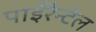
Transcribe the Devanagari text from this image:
पाईरैन्टेल